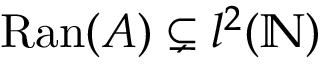
\mathrm { R a n } ( A ) \subsetneq l ^ { 2 } ( \mathbb { N } )